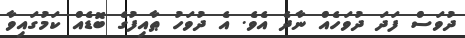
ދުވަސް ފަދަ ދުވަހެއް ނާދެ އެވެ. އެ ދުވަހު ޠާއިފުގެ ބޮޑެއް ކަމުގައިވާ